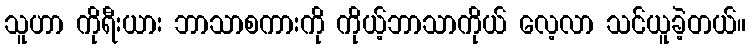
သူဟာ ကိုရီးယား ဘာသာစကားကို ကိုယ့်ဘာသာကိုယ် လေ့လာ သင်ယူခဲ့တယ်။